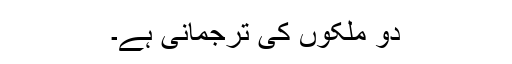
دو ملکوں کی ترجمانی ہے۔